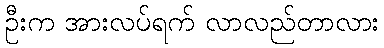
ဦးက အားလပ်ရက် လာလည်တာလား